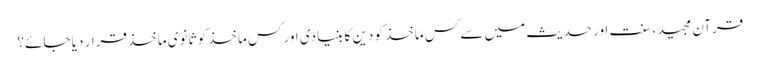
قرآن مجید، سنت اور حدیث میں سے کس ماخذ کو دین کا بنیادی اور کس ماخذ کو ثانوی ماخذ قرار دیا جائے؟